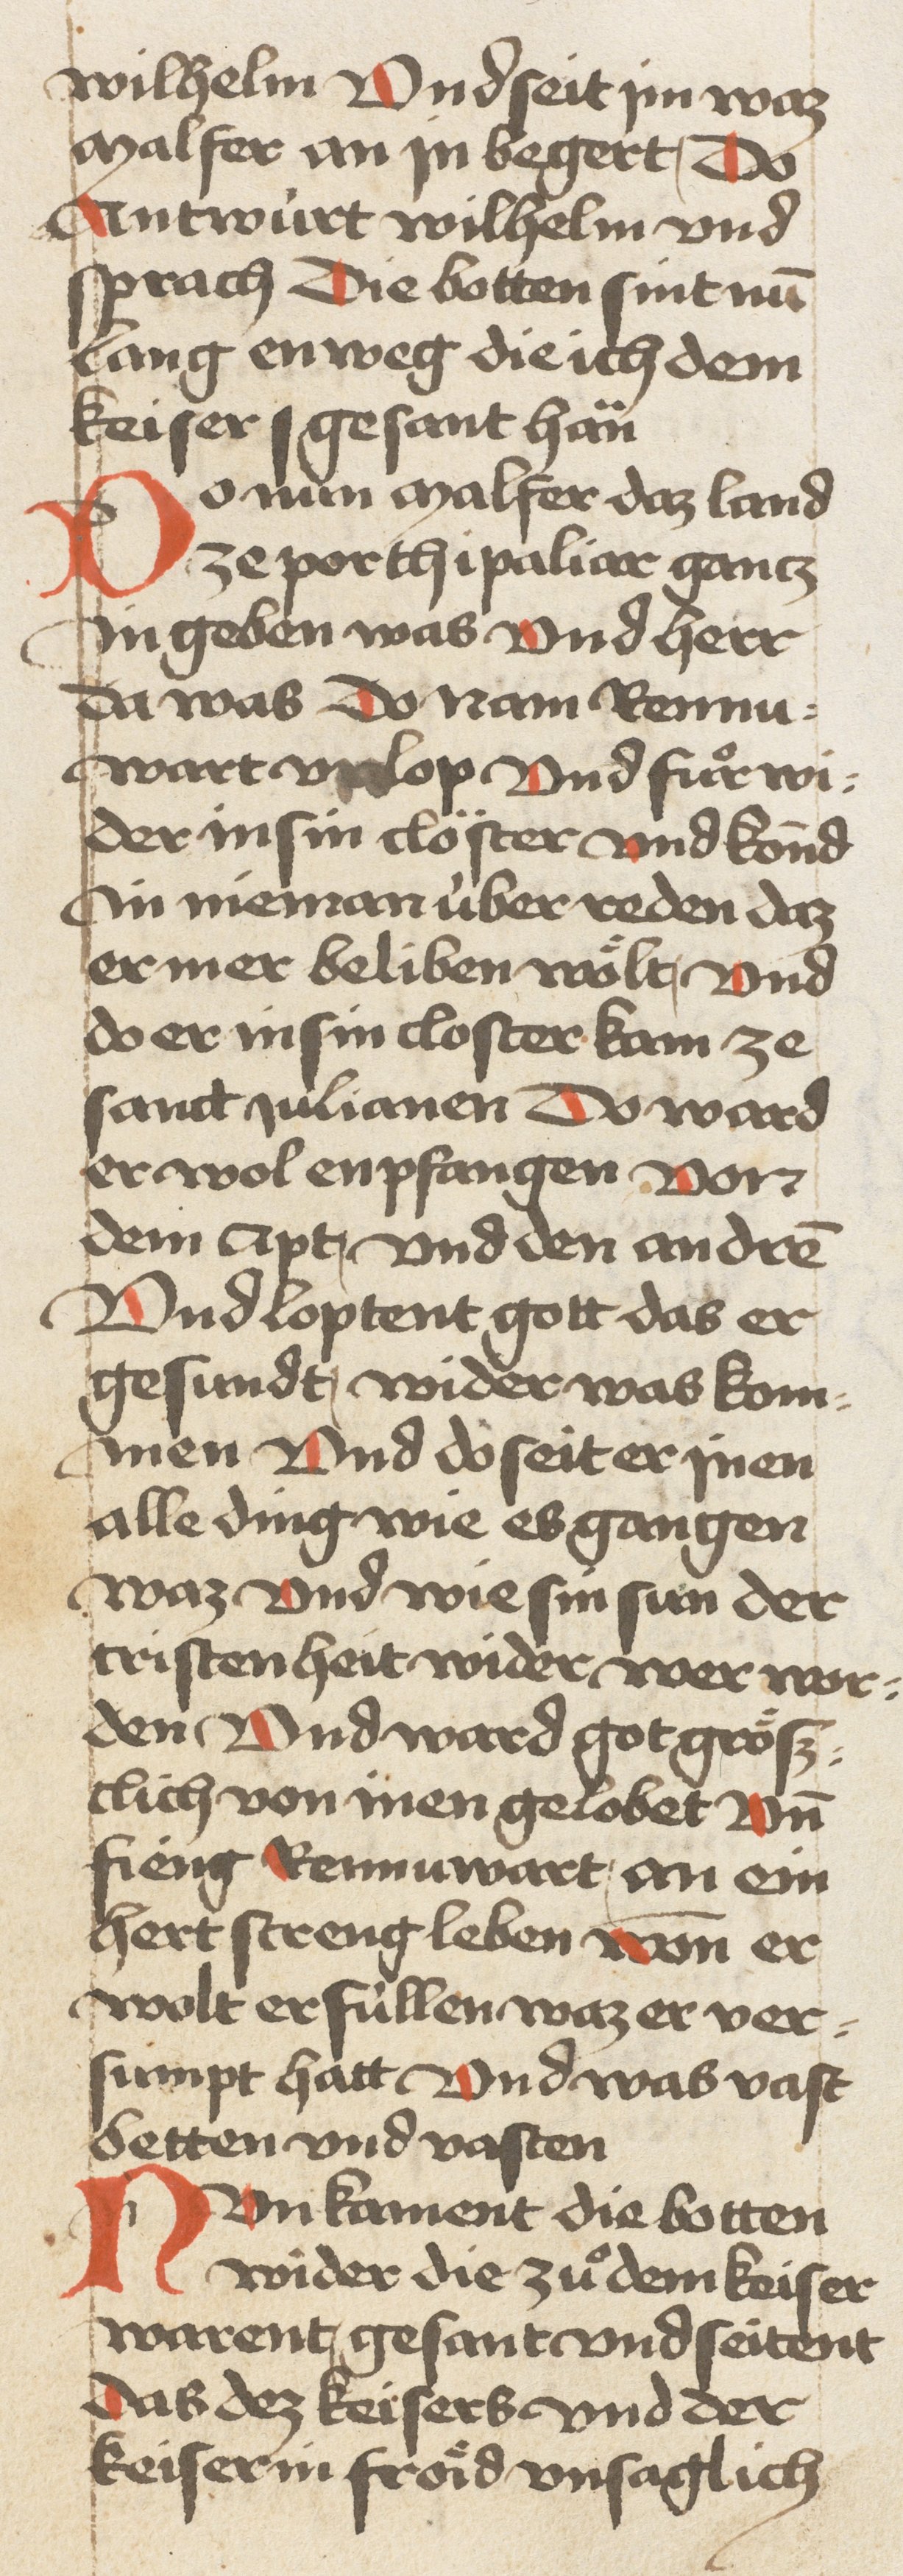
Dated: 1460–1470